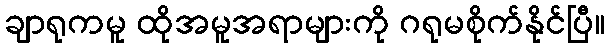
ချာရုကမူ ထိုအမူအရာများကို ဂရုမစိုက်နိုင်ပြီ။